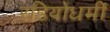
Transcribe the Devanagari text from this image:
रडियोधर्मी